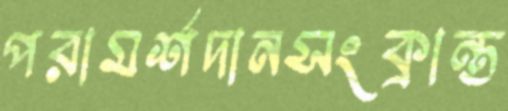
পরামর্শদানসংক্রান্ত